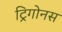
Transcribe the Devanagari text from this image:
ट्रिगोनस